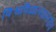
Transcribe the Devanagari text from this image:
विश्वविद्यालयस्तरीय